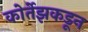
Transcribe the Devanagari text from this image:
कोर्तेझकडून